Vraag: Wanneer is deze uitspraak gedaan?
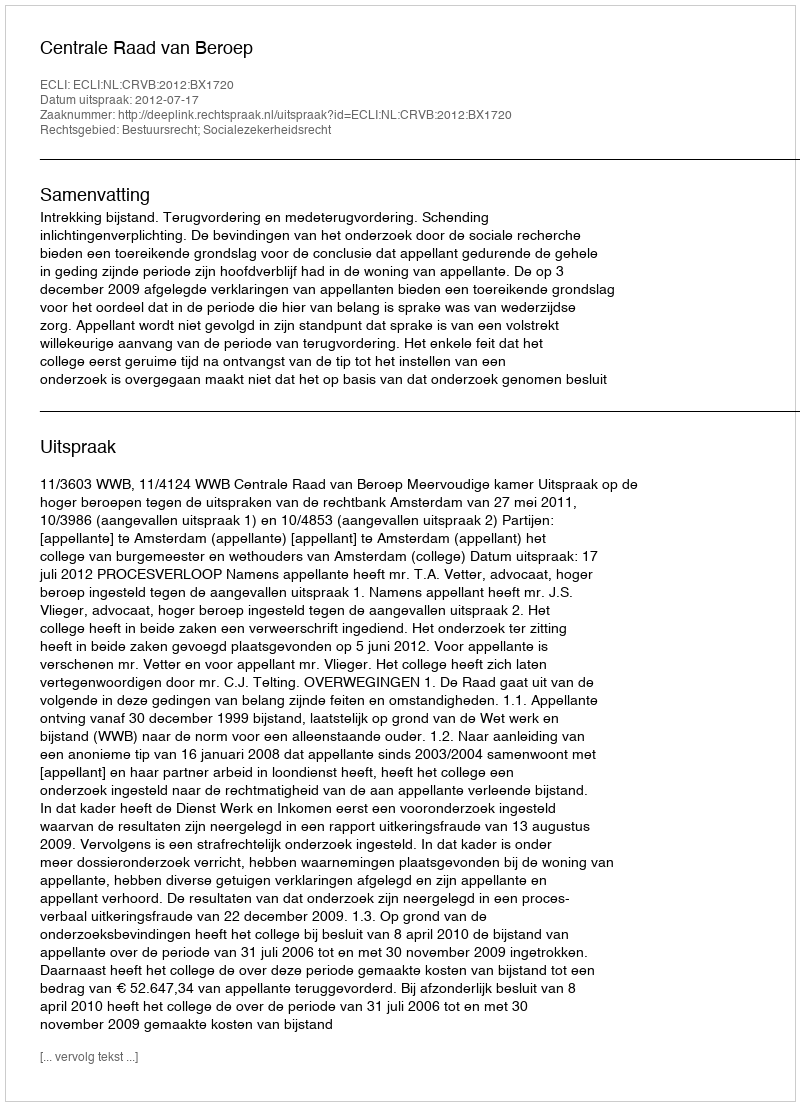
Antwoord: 2012-07-17